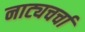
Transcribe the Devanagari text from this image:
नाट्यचर्चा